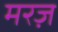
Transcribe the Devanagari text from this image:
मरज़